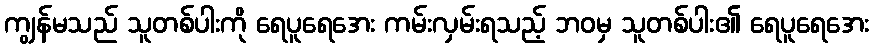
ကျွန်မသည် သူတစ်ပါးကို ရေပူရေအေး ကမ်းလှမ်းရသည့် ဘဝမှ သူတစ်ပါး၏ ရေပူရေအေး